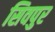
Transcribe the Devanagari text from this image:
सिवपुर